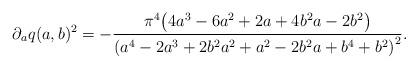
LaTeX: \begin{align*}\partial_a q(a,b)^2= -\dfrac{\pi^4 \big( 4a^3-6a^2+2a+4b^2a-2b^2 \big)}{\left(a^4-2a^3+2b^2a^2+a^2-2b^2a+b^4+b^2\right)^2}. \end{align*}